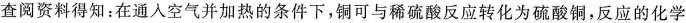
查阅资料得知：在通入空气并加热的条件下，铜可与稀硫酸反应转化为硫酸铜，反应的化学